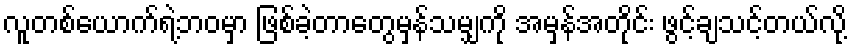
လူတစ်ယောက်ရဲ့ဘဝမှာ ဖြစ်ခဲ့တာတွေမှန်သမျှကို အမှန်အတိုင်း ဖွင့်ချသင့်တယ်လို့